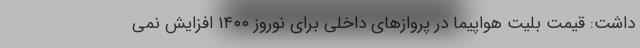
داشت: قیمت بلیت هواپیما در پروازهای داخلی برای نوروز ۱۴۰۰ افزایش نمی